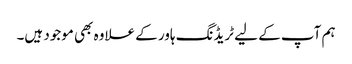
ہم آپ کے لیے ٹریڈنگ ہاور کے علاوہ بھی موجود ہیں۔